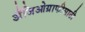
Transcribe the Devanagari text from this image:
अँजिओग्राफीसाठी